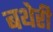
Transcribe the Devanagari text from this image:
बथेरी